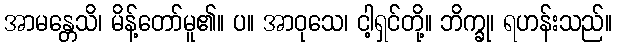
အာမန္တေသိ၊ မိန့်တော်မူ၏။ ပ။ အာဝုသေ၊ ငါ့ရှင်တို့။ ဘိက္ခု၊ ရဟန်းသည်။